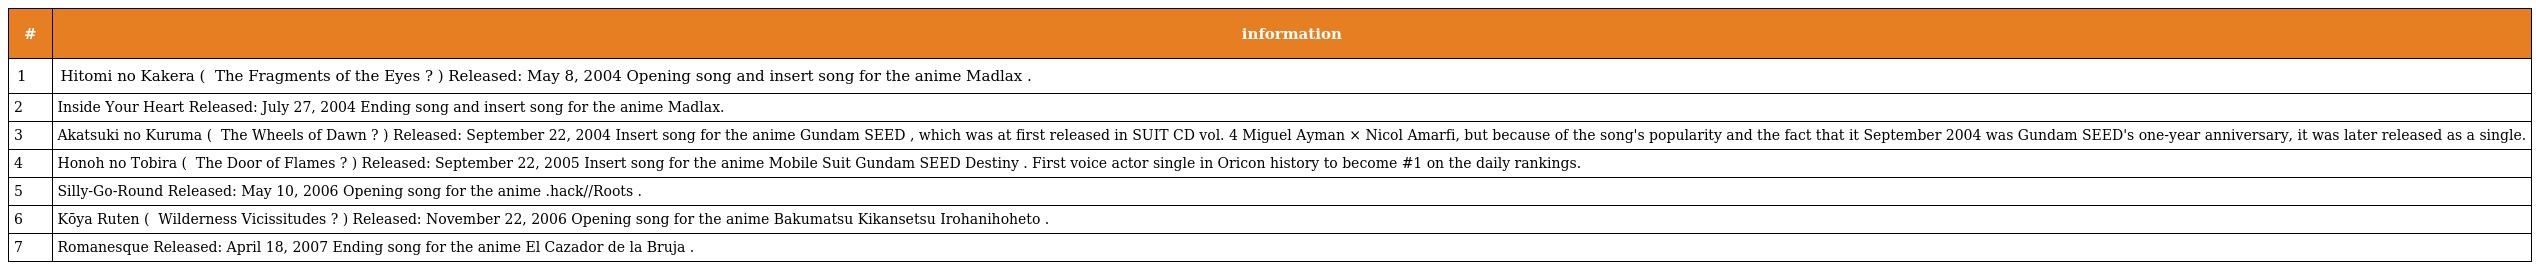
| # | information |
 | --- | --- |
 | 1 | Hitomi no Kakera ( 瞳の欠片 The Fragments of the Eyes ? ) Released: May 8, 2004 Opening song and insert song for the anime Madlax . |
 | 2 | Inside Your Heart Released: July 27, 2004 Ending song and insert song for the anime Madlax. |
 | 3 | Akatsuki no Kuruma ( 暁の車 The Wheels of Dawn ? ) Released: September 22, 2004 Insert song for the anime Gundam SEED , which was at first released in SUIT CD vol. 4 Miguel Ayman × Nicol Amarfi, but because of the song's popularity and the fact that it September 2004 was Gundam SEED's one-year anniversary, it was later released as a single. |
 | 4 | Honoh no Tobira ( 焔の扉 The Door of Flames ? ) Released: September 22, 2005 Insert song for the anime Mobile Suit Gundam SEED Destiny . First voice actor single in Oricon history to become #1 on the daily rankings. |
 | 5 | Silly-Go-Round Released: May 10, 2006 Opening song for the anime .hack//Roots . |
 | 6 | Kōya Ruten ( 荒野流転 Wilderness Vicissitudes ? ) Released: November 22, 2006 Opening song for the anime Bakumatsu Kikansetsu Irohanihoheto . |
 | 7 | Romanesque Released: April 18, 2007 Ending song for the anime El Cazador de la Bruja . |